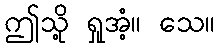
ဤသို့ ရှုအံ့။ သေ။